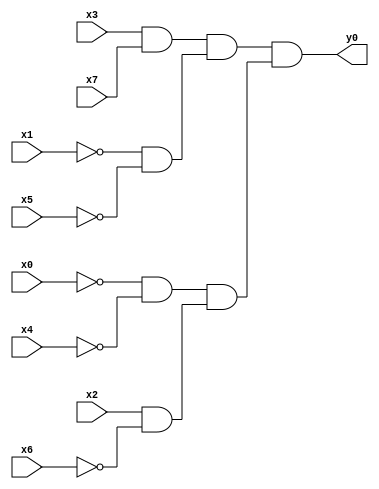
module top( x0 , x1 , x2 , x3 , x4 , x5 , x6 , x7 , y0 );
  input x0 , x1 , x2 , x3 , x4 , x5 , x6 , x7 ;
  output y0 ;
  wire n9 , n10 , n11 , n12 , n13 , n14 , n15 ;
  assign n9 = x3 & x7 ;
  assign n10 = ~x1 & ~x5 ;
  assign n11 = n9 & n10 ;
  assign n12 = ~x0 & ~x4 ;
  assign n13 = x2 & ~x6 ;
  assign n14 = n12 & n13 ;
  assign n15 = n11 & n14 ;
  assign y0 = n15 ;
endmodule